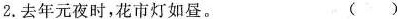
2.去年元夜时，花市灯如昼。 ()